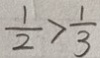
\frac { 1 } { 2 } > \frac { 1 } { 3 }